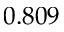
0 . 8 0 9